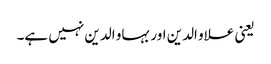
یعنی علاو الدین اور بہاو الدین نہیں ہے۔